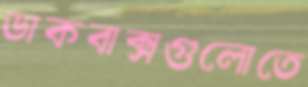
ডাকবাক্সগুলোতে